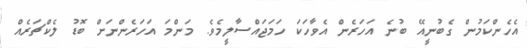
އެހެންކަމުން ގެބުނީއޭ ބުނެ އަހަރެން އެވާހަކަ ހަމަޖައްސާލީމެވެ. މަންމަ އަހަރެންނަށް ބޮޑު ލެކްޗަރެއް